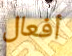
أفعال